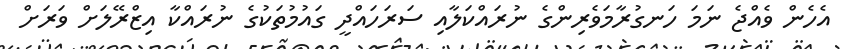
އެހެން ވެއްޖެ ނަމަ ހަނގުރާމަވެެރިންގެ ނުރައްކަލާއި ސަރަހައްދީ ގައުމުތަކުގެ ނުރައްކާ އިޒްރޭލަށް ވަރަށް